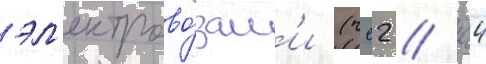
эл'ектрово́зам'и (чс2 / чс4